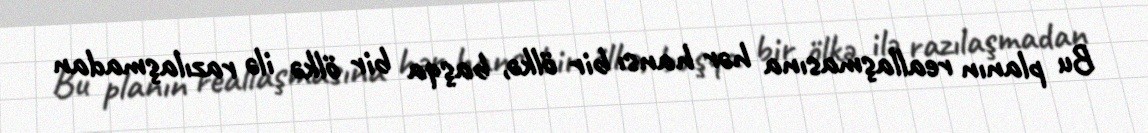
Bu planın reallaşmasına hər hansı bir ölkə, başqa bir ölkə ilə razılaşmadan